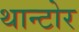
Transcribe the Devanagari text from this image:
थान्टोर